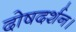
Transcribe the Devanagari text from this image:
दोषदर्शन।